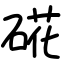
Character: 硴